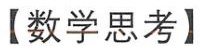
【数学思考】